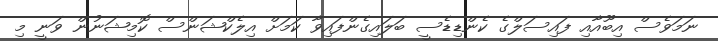
ނަމަވެސް އިބޫއާއި ފައިސަލްގެ ކެންޑިޑެސީ ބަލައިގެންފައިވާ ކަމަށް އިލެކްޝަންސް ކޮމިޝަނުން ވަނީ މި